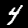
Digit: 4